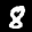
Label: 8